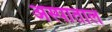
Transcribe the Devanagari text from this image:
अस्पाताल